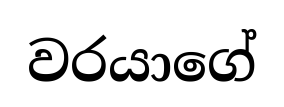
වරයාගේ